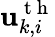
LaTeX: \mathbf{u}_{k,i}^{\mathrm{{~t~h~}}}